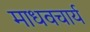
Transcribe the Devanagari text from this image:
माधवचार्य